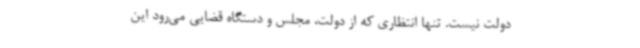
دولت نیست. تنها انتظاری که از دولت، مجلس و دستگاه قضایی می‌رود این